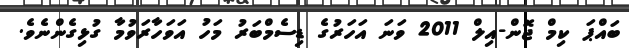
ބައްޕަ ކިމް ޖޮން-އިލް 2011 ވަނަ އަހަރުގެ ޑިސެމްބަރު މަހު އަވަހާރަވުމާ ގުޅިގެންނެވެ.